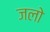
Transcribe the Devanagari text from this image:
जलो